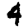
Digit: 4